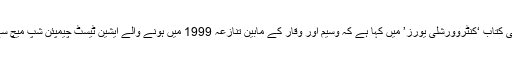
شعیب نے اپنی کتاب ‘کنٹروورشلی یورز’ میں کہا ہے کہ وسیم اور وقار کے مابین تنازعہ 1999 میں ہونے والے ایشین ٹیسٹ چیمپئن شپ میچ سے قبل ہوا تھا۔